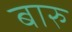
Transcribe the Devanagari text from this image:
बारु